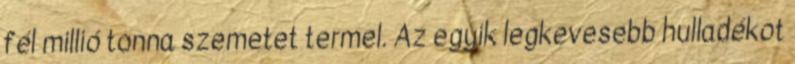
fél millió tonna szemetet termel. Az egyik legkevesebb hulladékot